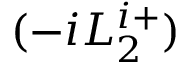
( - i L _ { 2 } ^ { i + } )